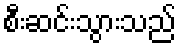
စီးဆင်းသွားသည်